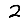
Digit: 2